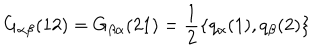
LaTeX: G _ { \alpha \beta } ( 1 2 ) = G _ { \beta \alpha } ( 2 1 ) = \frac { 1 } { 2 } \{ q _ { \alpha } ( 1 ) , q _ { \beta } ( 2 ) \}